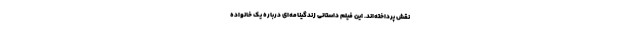
نقش پرداخته‌اند. این فیلم داستانی زندگینامه‌ای دربارهٔ یک خانواده